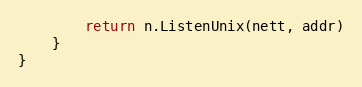
Language: Go
		return n.ListenUnix(nett, addr)
	}
}